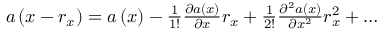
\begin{array} { r } { a \left( x - r _ { x } \right) = a \left( x \right) - \frac { 1 } { 1 ! } \frac { \partial a \left( x \right) } { \partial x } r _ { x } + \frac { 1 } { 2 ! } \frac { \partial ^ { 2 } a \left( x \right) } { \partial x ^ { 2 } } r _ { x } ^ { 2 } + \dots } \end{array}